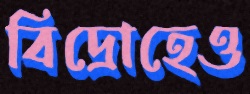
বিদ্রোহেও